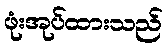
ဖုံးအုပ်ထားသည်